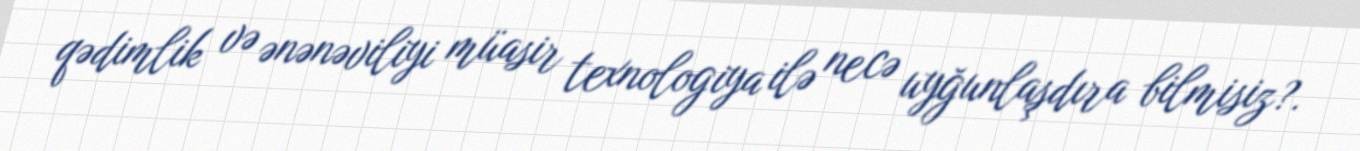
qədimlik və ənənəviliyi müasir texnologiya ilə necə uyğunlaşdıra bilmisiz?.